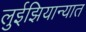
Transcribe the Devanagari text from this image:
लुईझियान्यात